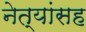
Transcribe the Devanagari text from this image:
नेत्यांसह